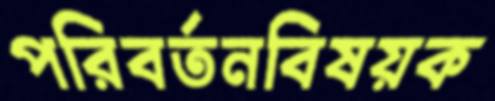
পরিবর্তনবিষয়ক